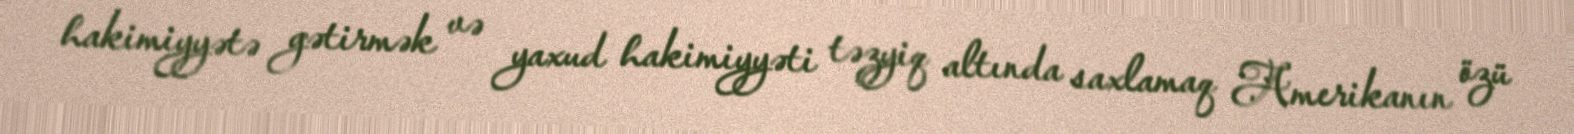
hakimiyyətə gətirmək və yaxud hakimiyyəti təzyiq altında saxlamaq Amerikanın özü